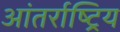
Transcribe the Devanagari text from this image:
आंतर्राष्ट्रिय